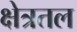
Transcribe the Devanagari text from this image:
क्षेत्रतल